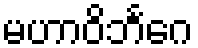
မဟာဝိဘင်္ဂေ